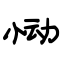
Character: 恸